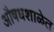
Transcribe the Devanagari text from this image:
औषधशाळेत